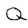
Character: Q